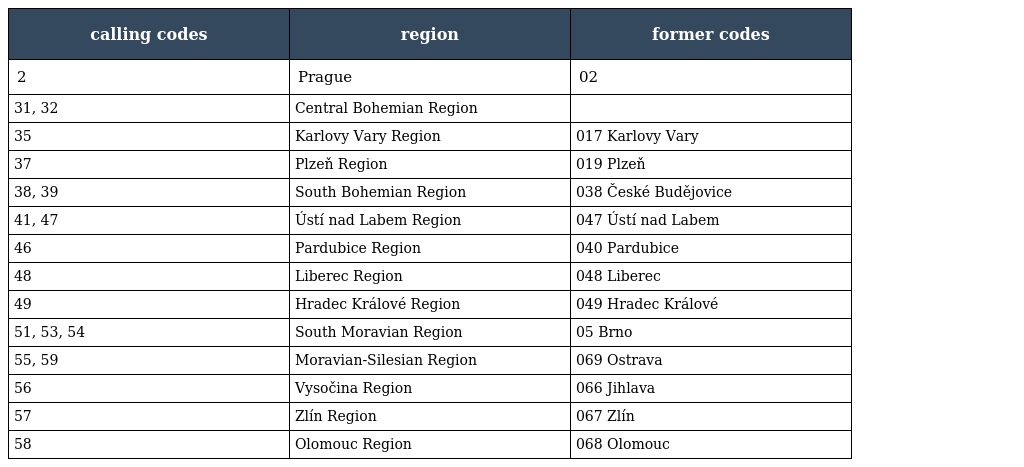
| calling codes | region | former codes |
 | --- | --- | --- |
 | 2 | Prague | 02 |
 | 31, 32 | Central Bohemian Region |  |
 | 35 | Karlovy Vary Region | 017 Karlovy Vary |
 | 37 | Plzeň Region | 019 Plzeň |
 | 38, 39 | South Bohemian Region | 038 České Budějovice |
 | 41, 47 | Ústí nad Labem Region | 047 Ústí nad Labem |
 | 46 | Pardubice Region | 040 Pardubice |
 | 48 | Liberec Region | 048 Liberec |
 | 49 | Hradec Králové Region | 049 Hradec Králové |
 | 51, 53, 54 | South Moravian Region | 05 Brno |
 | 55, 59 | Moravian-Silesian Region | 069 Ostrava |
 | 56 | Vysočina Region | 066 Jihlava |
 | 57 | Zlín Region | 067 Zlín |
 | 58 | Olomouc Region | 068 Olomouc |